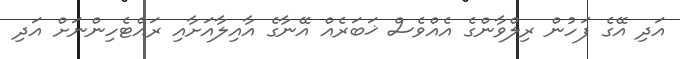
އަދި އޭގެ ފަހުން ރިލްވާންގެ އެއްވެސް ޚަބަރެއް އޭނާގެ އާއިލާއަށާއި ރައްޓެހިންނަށް އަދި